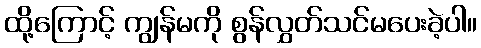
ထို့ကြောင့် ကျွန်မကို စွန်လွှတ်သင်မပေးခဲ့ပါ။